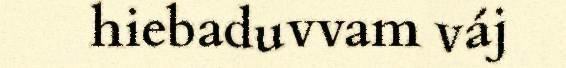
hiebaduvvam váj